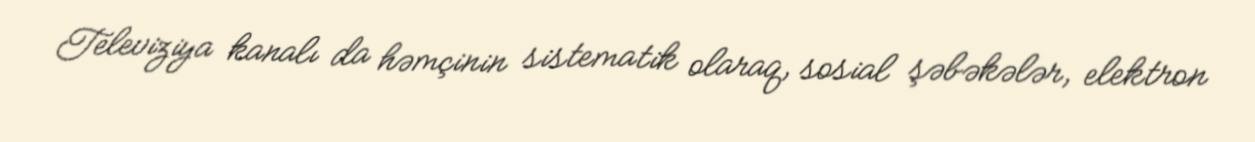
Televiziya kanalı da həmçinin sistematik olaraq, sosial şəbəkələr, elektron